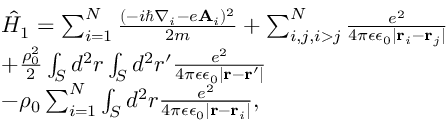
\begin{array} { l } { \hat { H } _ { 1 } = \sum _ { i = 1 } ^ { N } \frac { ( - i \hbar \nabla _ { i } - e \mathbf { A } _ { i } ) ^ { 2 } } { 2 m } + \sum _ { i , j , i > j } ^ { N } \frac { e ^ { 2 } } { 4 \pi \epsilon \epsilon _ { 0 } | \mathbf { r } _ { i } - \mathbf { r } _ { j } | } } \\ { + \frac { \rho _ { 0 } ^ { 2 } } { 2 } \int _ { S } d ^ { 2 } r \int _ { S } d ^ { 2 } r ^ { \prime } \frac { e ^ { 2 } } { 4 \pi \epsilon \epsilon _ { 0 } | \mathbf { r } - \mathbf { r ^ { \prime } } | } } \\ { - \rho _ { 0 } \sum _ { i = 1 } ^ { N } \int _ { S } d ^ { 2 } r \frac { e ^ { 2 } } { 4 \pi \epsilon \epsilon _ { 0 } | \mathbf { r } - \mathbf { r } _ { i } | } , } \end{array}